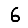
Digit: 6